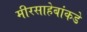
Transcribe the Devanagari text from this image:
मीरसाहेबांकडे